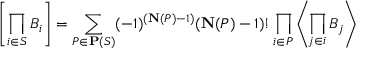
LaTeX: \left[ \prod _ { i \in S } B _ { i } \right] = \sum _ { P \in \mathbf { P } ( S ) } ( - 1 ) ^ { ( \mathbf { N } ( P ) - 1 ) } ( \mathbf { N } ( P ) - 1 ) ! \prod _ { i \in P } \left\langle \prod _ { j \in i } B _ { j } \right\rangle